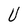
Character: U